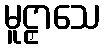
မူဠှာသေ